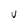
Character: U